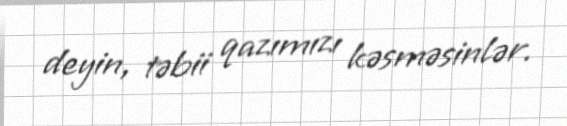
deyin, təbii qazımızı kəsməsinlər.